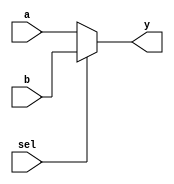
/**
 * 2 x 32 MUX
 */

 module zmips_mux232(a, b, sel, y);
 input [31:0] a, b;
 input sel;
 output [31:0] y;

 assign y = (sel == 0) ? a : b;

 endmodule